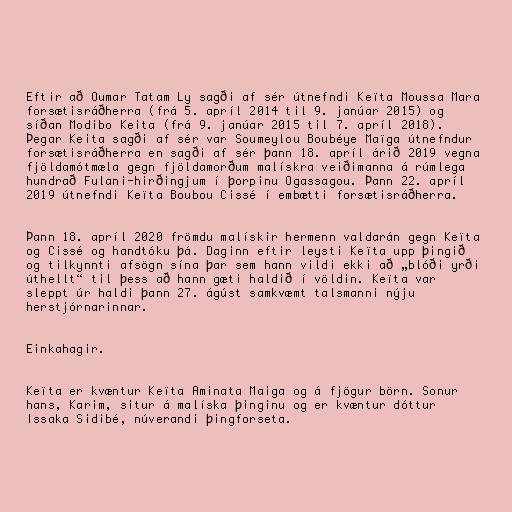
Eftir að Oumar Tatam Ly sagði af sér útnefndi Keïta Moussa Mara
forsætisráðherra (frá 5. apríl 2014 til 9. janúar 2015) og
síðan Modibo Keita (frá 9. janúar 2015 til 7. apríl 2018).
Þegar Keita sagði af sér var Soumeylou Boubéye Maïga útnefndur
forsætisráðherra en sagði af sér þann 18. apríl árið 2019 vegna
fjöldamótmæla gegn fjöldamorðum malískra veiðimanna á rúmlega
hundrað Fulani-hirðingjum í þorpinu Ogassagou. Þann 22. apríl
2019 útnefndi Keïta Boubou Cissé í embætti forsætisráðherra.

Þann 18. apríl 2020 frömdu malískir hermenn valdarán gegn Keïta
og Cissé og handtóku þá. Daginn eftir leysti Keïta upp þingið
og tilkynnti afsögn sína þar sem hann vildi ekki að „blóði yrði
úthellt“ til þess að hann gæti haldið í völdin. Keïta var
sleppt úr haldi þann 27. ágúst samkvæmt talsmanni nýju
herstjórnarinnar.

Einkahagir.

Keïta er kvæntur Keïta Aminata Maiga og á fjögur börn. Sonur
hans, Karim, situr á malíska þinginu og er kvæntur dóttur
Issaka Sidibé, núverandi þingforseta.